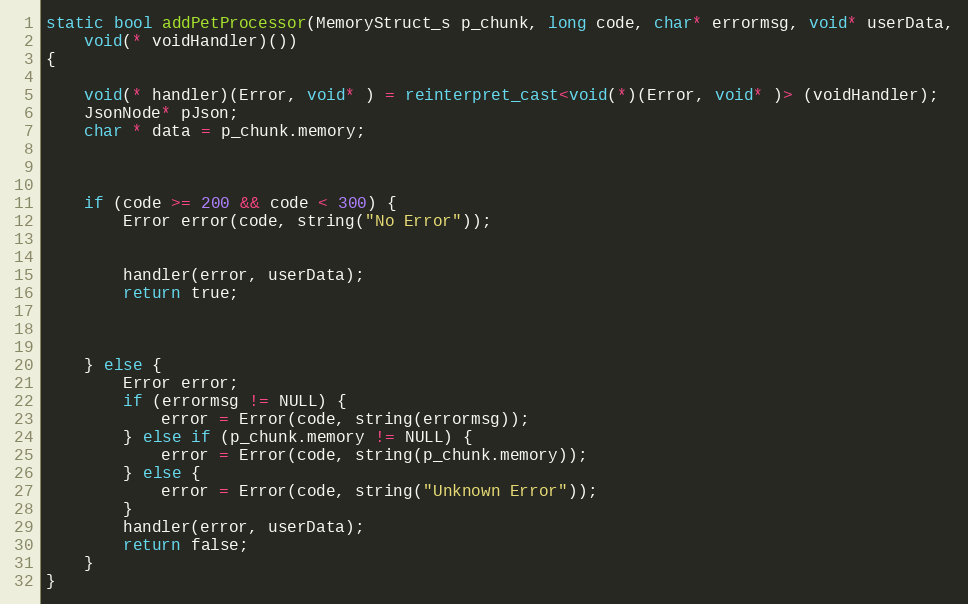
Language: C++
static bool addPetProcessor(MemoryStruct_s p_chunk, long code, char* errormsg, void* userData,
	void(* voidHandler)())
{

	void(* handler)(Error, void* ) = reinterpret_cast<void(*)(Error, void* )> (voidHandler);
	JsonNode* pJson;
	char * data = p_chunk.memory;

	if (code >= 200 && code < 300) {
		Error error(code, string("No Error"));

		handler(error, userData);
		return true;

	} else {
		Error error;
		if (errormsg != NULL) {
			error = Error(code, string(errormsg));
		} else if (p_chunk.memory != NULL) {
			error = Error(code, string(p_chunk.memory));
		} else {
			error = Error(code, string("Unknown Error"));
		}
		handler(error, userData);
		return false;
	}
}